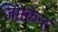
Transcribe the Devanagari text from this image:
जोक़िन